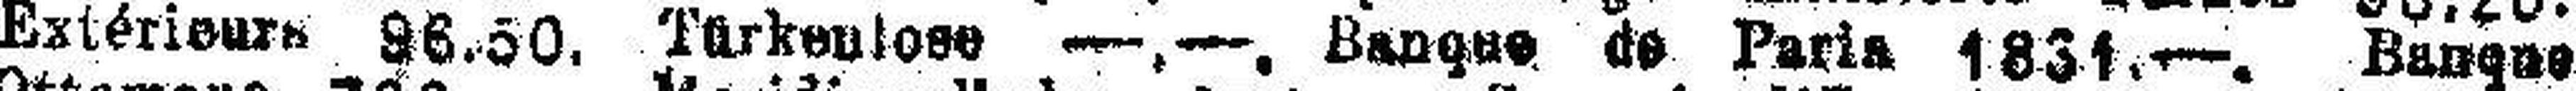
Extérieurs 96.50. Türkenlose —.—, Banque de Paris 1831.—. Banque